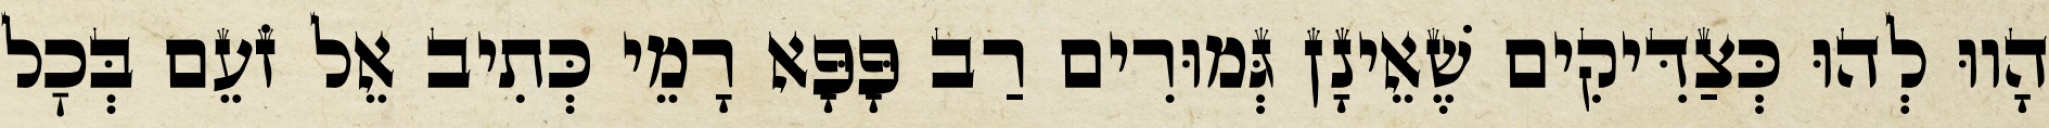
הָווּ לְהוּ כְּצַדִּיקִים שֶׁאֵינָן גְּמוּרִים רַב פָּפָּא רָמֵי כְּתִיב אֵל זֹעֵם בְּכׇל